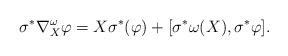
LaTeX: \begin{align*} \sigma^*\nabla_X^\omega \varphi = X \sigma^*(\varphi)+ [\sigma^* \omega(X), \sigma^*\varphi].\end{align*}